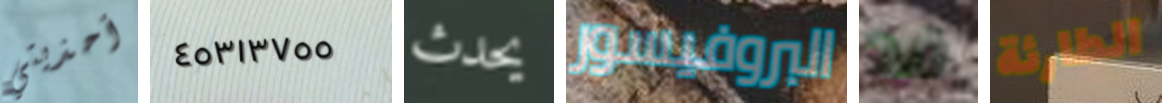
أحذيتي ٤٥٣١٣٧٥٥ يحدث البروفيسور فد الطارئة